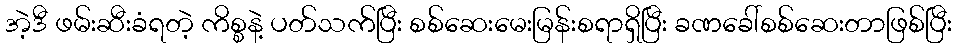
အဲ့ဒီ ဖမ်းဆီးခံရတဲ့ ကိစ္စနဲ့ ပတ်သက်ပြီး စစ်ဆေးမေးမြန်းစရာရှိပြီး ခဏခေါ်စစ်ဆေးတာဖြစ်ပြီး